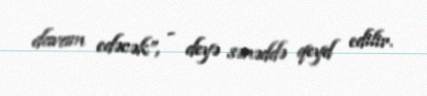
davam edəcək”, - deyə sənəddə qeyd edilir.